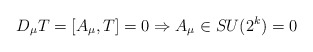
\begin{align*}D_{\mu}T=[A_{\mu},T]=0 \Rightarrow A_{\mu} \in SU(2^k)=0\end{align*}